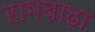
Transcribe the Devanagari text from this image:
रामबाढ़ा